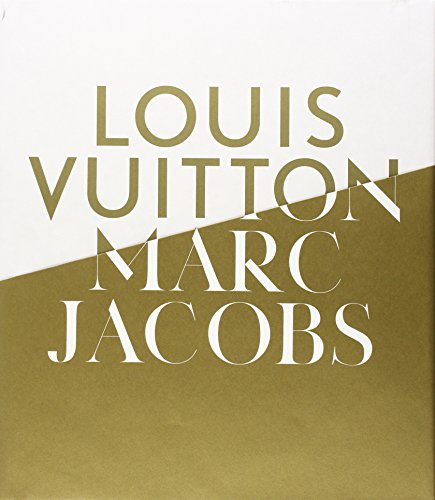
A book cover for Louis Vuitton / Marc Jacobs: In Association with the Musee des Arts Decoratifs, Paris; Arts & Photography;